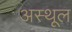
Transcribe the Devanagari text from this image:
अस्थूल